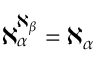
\aleph _ { \alpha } ^ { \aleph _ { \beta } } = \aleph _ { \alpha }